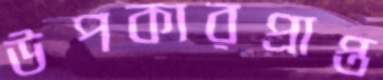
উপকারপ্রাপ্ত